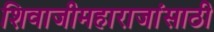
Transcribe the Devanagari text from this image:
शिवाजीमहाराजांसाठी